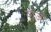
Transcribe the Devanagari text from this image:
याजी